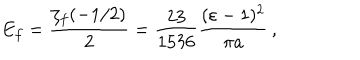
E _ { f } = \frac { \zeta _ { f } ( - 1 / 2 ) } { 2 } = \frac { 2 3 } { 1 5 3 6 } \frac { ( \varepsilon - 1 ) ^ { 2 } } { \pi a } \, ,